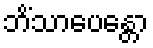
ဘိံသာပေန္တော